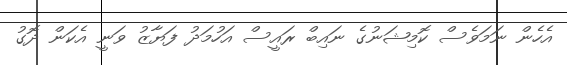
އެހެން ނަމަވެސް ކޮމިޝަނުގެ ނައިބް ރައީސް އަހުމަދު ފަޔާޒު ވަނީ އެކަން ދޮގު